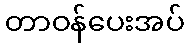
တာဝန်ပေးအပ်